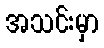
အသင်းမှာ